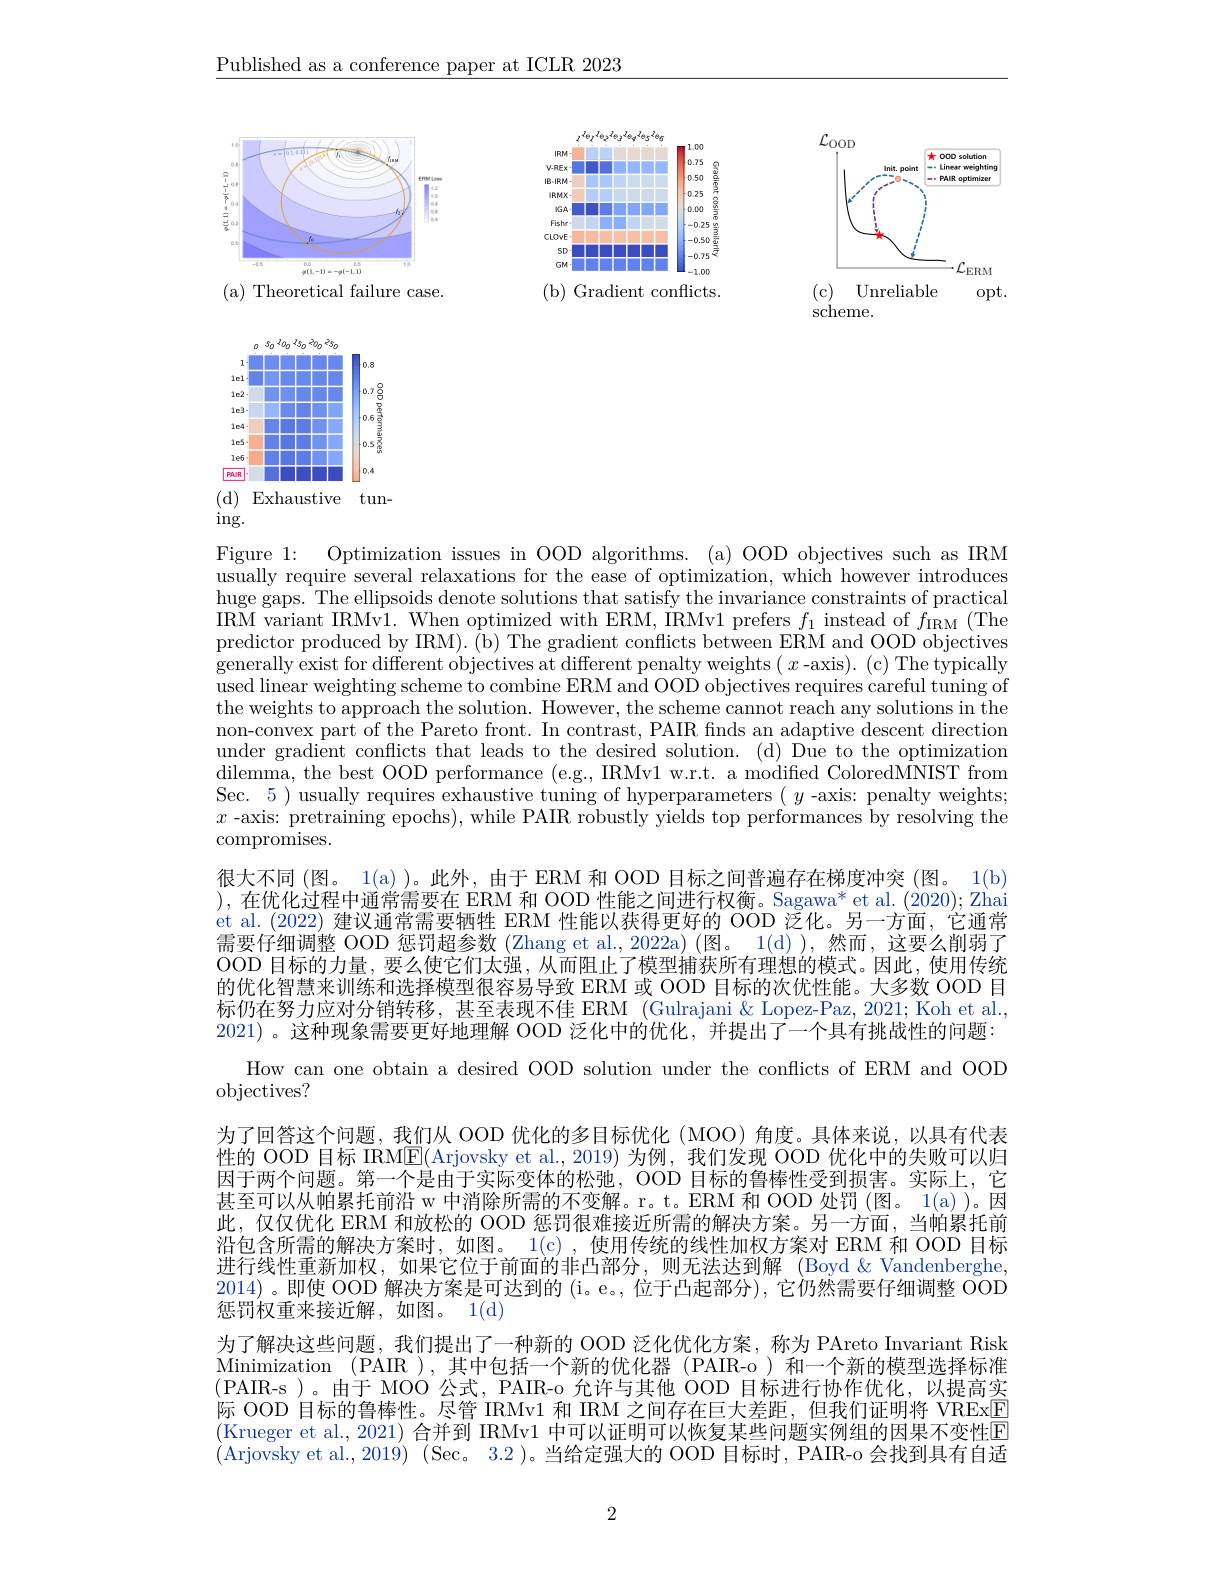
$\underline{\text{Published as a conference paper at ICLR 2023}}$

<FigureHere>
(c) Unreliable
opt.

<FigureHere>
Theoretical failure case.

<FigureHere>

scheme.

<FigureHere>
(d)Exhaustive tun-

$\operatorname{ing}.$

很大不同 (图。1(a) )。此外，由于 ERM 和 OOD 目标之间普遍存在梯度冲突 (图。1(b) ),在优化过程中通常需要在 ERM 和 OOD 性能之间进行权衡。Sagawa* et al. (2020); Zhai

Figure 1:
Optimization issues in OOD algorithms. (a) OOD objectives such as IRM
usually require several relaxations for the ease of optimization, which however introduces huge gaps. The ellipsoids denote solutions that satisfy the invariance constraints of practical $\begin{aligned}\mathrm{IRM~variant~IRMv1.~When~optimized~with~ERM,~IRMv1~prefers~}f_{1}~instead~of~f_{IRM}~(The)\\\mathrm{IRM~variant~IRMv1.~When~optimized~with~ERM,~IRMv1~prefers~}f_{1}~instead~of~f_{IRM}~(The).\end{aligned}$ predictor produced by IRM). (b) The gradient conflicts between ERM and OOD objectives generally exist for different objectives at different penalty weights ( $x$-axis). (c) The typically used linear weighting scheme to combine ERM and OOD objectives requires careful tuning of the weights to approach the solution. However, the scheme cannot reach any solutions in the non-convex part of the Pareto front. In contrast, PAIR finds an adaptive descent direction under gradient conflicts that leads to the desired solution. (d) Due to the optimization $\bar{\text{dilemma, the best OOD performance (e.g., IRMv1 w.r.t. a modified ColoredMNIST from}}$ Sec. 5 )'usually requires exhaustive tuning of hyperparameters $(y$ -axis: penalty weights; $x$ -axis: pretraining epochs), while PAIR robustly yields top performances by resolving the compromises.
et al.(2022) 建议通常需要牺牲 ERM 性能以获得更好的 OOD 泛化。另一方面，它通常需要仔细调整 OOD 惩罚超参数 (Zhang et al.,2022a) (图。1(d)),然而，这要么削弱了OOD 目标的力量，要么使它们太强，从而阻止了模型捕获所有理想的模式。因此，使用传统的优化智慧来训练和选择模型很容易导致 ERM 或 OOD 目标的次优性能。大多数 OOD 目标仍在努力应对分销转移，甚至表现不佳 ERM (Gulrajani&Lopez-Paz,2021; Koh et al., 2021)。这种现象需要更好地理解 OOD 泛化中的优化，并提出了一个具有挑战性的问题：
How can one obtain a desired OOD solution under the conflicts of ERM and OOD
objectives?
为了回答这个问题，我们从 OOD 优化的多目标优化(MOO)角度。具体来说，以具有代表性的 OOD 目标 IRME(Arjovsky et al.,2019)为例，我们发现 OOD 优化中的失败可以归因于两个问题。第一个是由于实际变体的松弛，OOD 目标的鲁棒性受到损害。实际上，它甚至可以从帕累托前沿 w 中消除所需的不变解。r。t。ERM 和 OOD 处罚 (图。1(a) )。因此，仅仅优化 ERM 和放松的 OOD 惩罚很难接近所需的解决方案。另一方面，当帕累托前沿包含所需的解决方案时，如图。1(c),使用传统的线性加权方案对 ERM 和 OOD 目标进行线性重新加权，如果它位于前面的非凸部分，则无法达到解 (Boyd &Vandenberghe, 2014) 。即使 OOD 解决方案是可达到的 (i。e。,位于凸起部分),它仍然需要仔细调整 OOD 惩罚权重来接近解，如图。1(d)
为了解决这些问题，我们提出了一种新的 OOD 泛化优化方案，称为 PAreto Invariant Risk Minimization (PAIR ),其中包括一个新的优化器 (PAIR-o )和一个新的模型选择标准(PAIR-s)。由于 MOO 公式，PAIR-o 允许与其他 OOD 目标进行协作优化，以提高实际 OOD 目标的鲁棒性。尽管 IRMv1 和 IRM 之间存在巨大差距，但我们证明将 VRExE (Krueger et al., 2021) 合并到 IRMv1 中可以证明可以恢复某些问题实例组的因果不变性E (Arjovsky et al.,2019) (Sec。3.2)。当给定强大的 OOD 目标时，PAIR-o 会找到具有自适

2